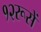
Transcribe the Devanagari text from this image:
१२रूसें